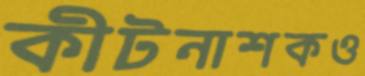
কীটনাশকও